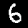
Digit: 6